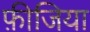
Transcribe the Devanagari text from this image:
फ़ीजिया